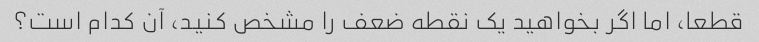
قطعا، اما اگر بخواهید یک نقطه ضعف را مشخص کنید، آن کدام است؟